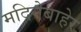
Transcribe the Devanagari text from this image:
मदिनेबाहेर